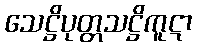
သေဋ္ဌိပုတ္တသဋ္ဌိကူဋာ